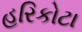
હરિકોટા